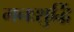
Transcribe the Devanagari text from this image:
मनःशुद्धिं